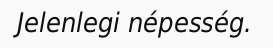
Jelenlegi népesség.